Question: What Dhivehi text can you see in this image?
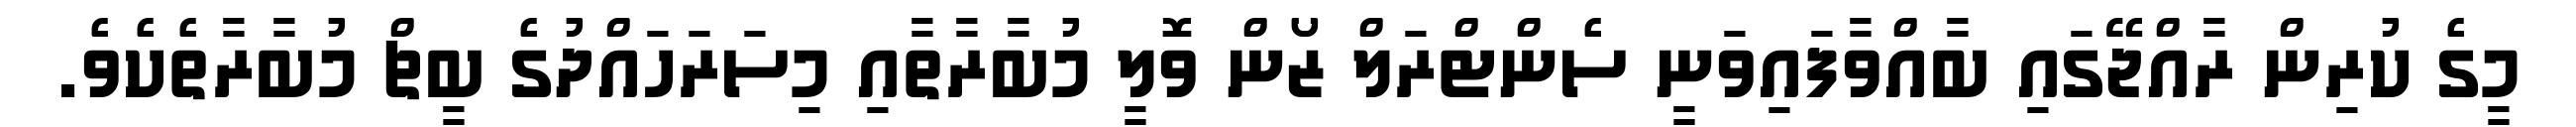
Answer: މީގެ ކުރިން ރާއްޖޭގައި ބާއްވާފައިވަނީ ސެންޓްރަލް ޒޯން ވޮލީ މުބާރާތާއި މިސަރަހައްދުގެ ބީޗް މުބާރާތެކެވެ.